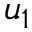
u _ { 1 }